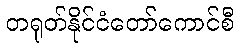
တရုတ်နိုင်ငံတော်ကောင်စီ